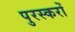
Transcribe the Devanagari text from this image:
पुरस्करों